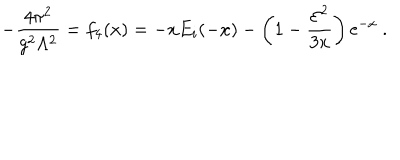
- { \frac { 4 \pi ^ { 2 } } { g ^ { 2 } \Lambda ^ { 2 } } } = f _ { 4 } ( x ) = - x E _ { i } ( - x ) - \left( 1 - { \frac { { \cal E } ^ { 2 } } { 3 x } } \right) { \mathrm e } ^ { - x } \ .